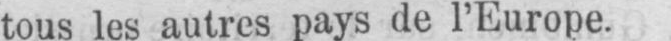
tous les autres pays de l’Europe.